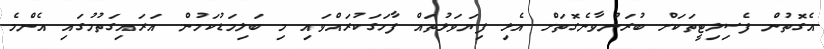
އެގޮތުން ފެސިލިޓީތަކަށް ބުރަނުވާނެގޮތަށް އެޅި ފިޔަވަޅުތައް ފާހަގަކުރައްވައި މި ބަލިމަޑުކަމުން އަރައިގަތުމުގައި އެންމެ